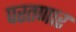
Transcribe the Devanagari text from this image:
परतणार